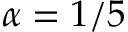
\alpha = 1 / 5